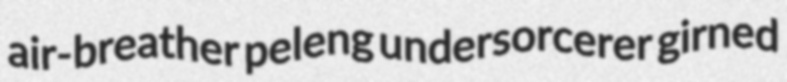
air-breather peleng undersorcerer girned